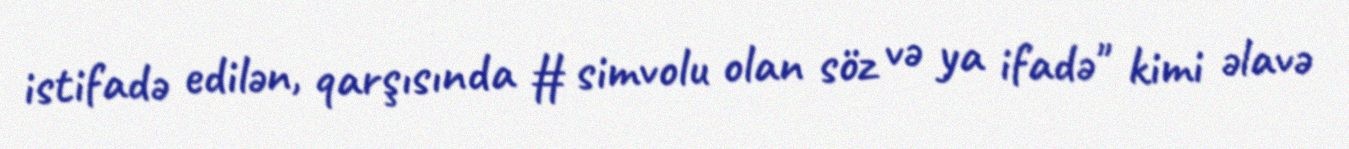
istifadə edilən, qarşısında # simvolu olan söz və ya ifadə" kimi əlavə